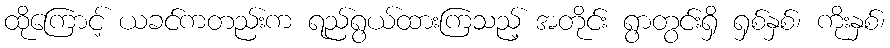
ထိုကြောင့် ယခင်ကတည်းက ရည်ရွယ်ထားကြသည့် အတိုင်း ရွာတွင်းရှိ ရှစ်နှစ်၊ ကိုးနှစ်၊